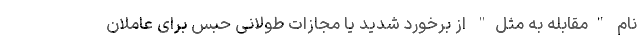
نام "مقابله به مثل" از برخورد شدید یا مجازات طولانی حبس برای عاملان